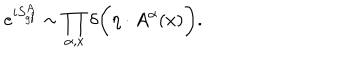
LaTeX: e ^ { i S _ { \mathrm { g f } } ^ { A } } \sim \prod _ { \alpha , x } \delta \biggl ( \eta \cdot A ^ { \alpha } ( x ) \biggr ) .